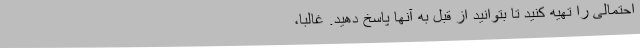
احتمالی را تهیه کنید تا بتوانید از قبل به آنها پاسخ دهید. غالباً،